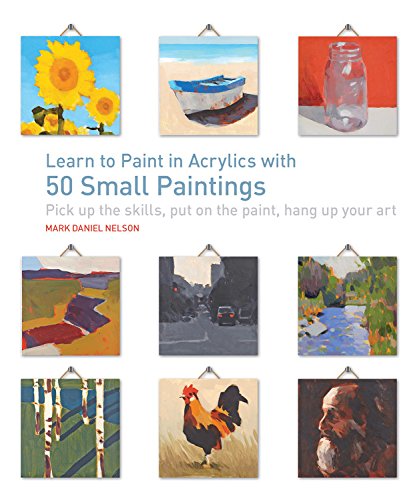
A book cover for Learn to Paint in Acrylics with 50 Small Paintings: Pick up the skills * Put on the paint * Hang up your art; Mark Daniel Nelson; Arts & Photography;